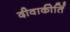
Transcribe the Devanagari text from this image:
दीवाकीर्ति